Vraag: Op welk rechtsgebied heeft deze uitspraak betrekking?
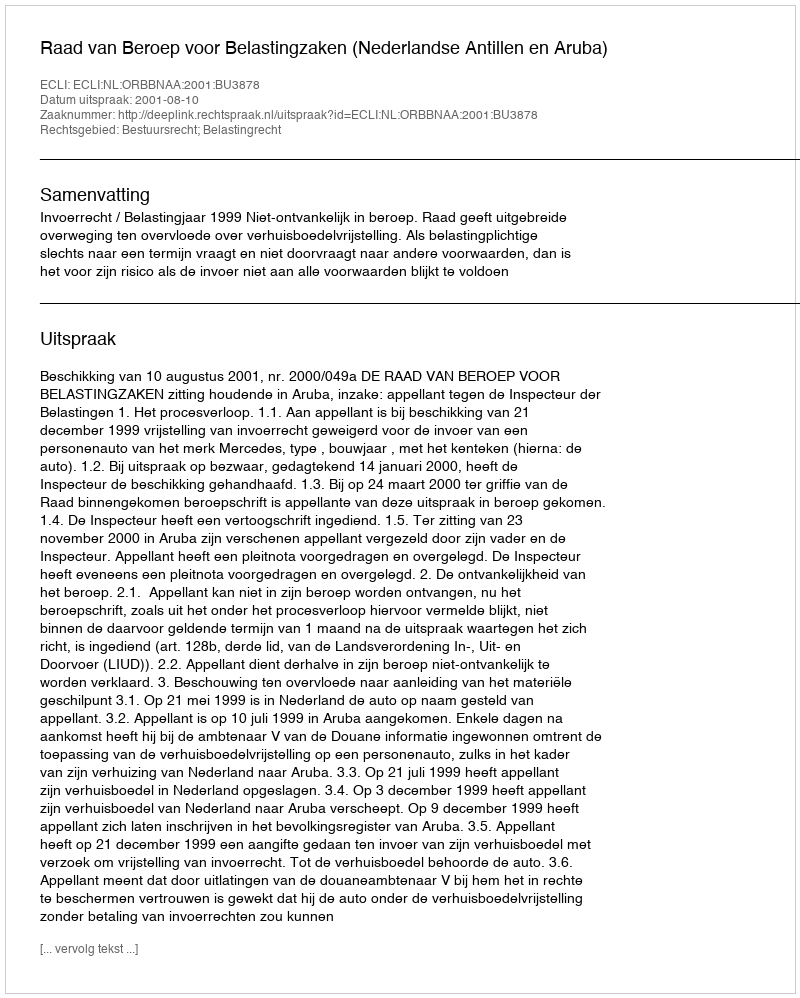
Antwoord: Bestuursrecht; Belastingrecht